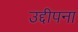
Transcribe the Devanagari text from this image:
उद्दीपना